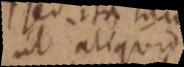
ut aliquod